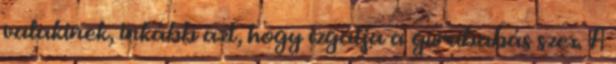
valakinek, inkább azt, hogy izgatja a gumibabás szex. A